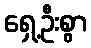
ရှေ့ဦးစွာ